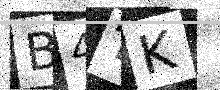
Text: B4TK